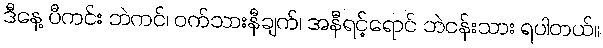
ဒီနေ့ ပီကင်း ဘဲကင်၊ ဝက်သားနီချက်၊ အနီရင့်ရောင် ဘဲငန်းသား ရပါတယ်။